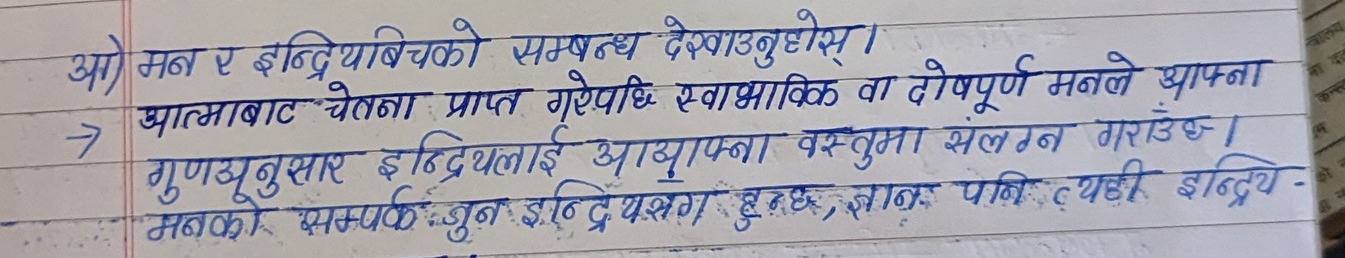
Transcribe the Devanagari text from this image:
आ) मन र इन्द्रियबिचको सम्बन्ध देखाउनुहोस् ।
→ आत्माबाट चेतना प्राप्त गरेपछि स्वाभाविक वा दोषपूर्ण मनले आफ्ना
गुणअनुसार इन्द्रियलाई आआफ्ना वस्तुमा संलग्न गराउँछ ।
मनको सम्पर्क जुन इन्द्रियसंग हुन्छ, ज्ञान पनि त्यही इन्द्रिय-